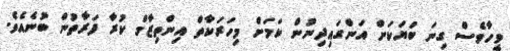
ވީހާވެސް ގިނަ ބަޔަކަށް އަންގައިދިނުން ކަމަށް މިހަރަކާތް އިންތިޒާމް ކުރާ ފަރާތުން ބުނެއެވެ.